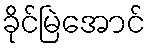
ခိုင်မြဲအောင်